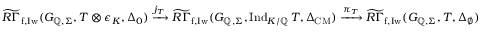
\widetilde { R \Gamma } _ { \mathrm { f , I w } } ( G _ { \mathbb { Q } , \Sigma } , T \otimes \epsilon _ { K } , \Delta _ { 0 } ) \xrightarrow { j _ { T } } \widetilde { R \Gamma } _ { \mathrm { f , I w } } ( G _ { \mathbb { Q } , \Sigma } , \mathrm { I n d } _ { K / \mathbb { Q } } \, T , \Delta _ { \mathrm { C M } } ) \xrightarrow { \pi _ { T } } \widetilde { R \Gamma } _ { \mathrm { f , I w } } ( G _ { \mathbb { Q } , \Sigma } , T , \Delta _ { \emptyset } )